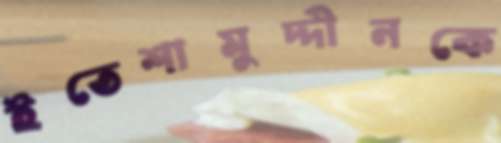
ইতেশামুদ্দীনকে